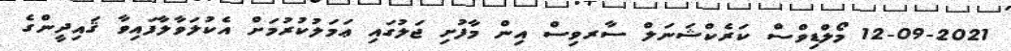
12-09-2021 މޯލްޑިވްސް ކަރެކްޝަނަލް ސާރވިސް އިން މާފުށި ޖަލުގައި ޢަމަލުކުރުމަށް އެކުލަވާލާފައިވާ ޤައިދީންގެ